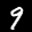
Label: 9